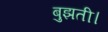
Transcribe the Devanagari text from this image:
बुझती।